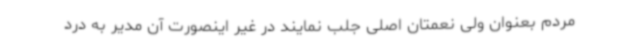
مردم بعنوان ولی نعمتان اصلی جلب نمایند در غیر اینصورت آن مدیر به درد